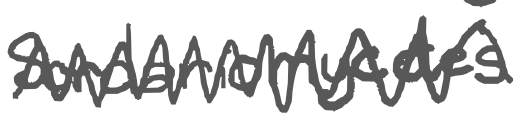
Text: Sordariomycetes.
Cross-out: zig-zag
Writing tool: digital_gray